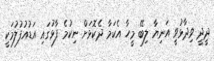
ދީދީ ވިދާޅުވީ އަނިޔާ ލިބޭ މީހާ އެކަމާ ދެކޮޅަށް ނިކުމެ ފާޅުގައި އަޑުއުފުލުމަކީ